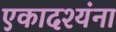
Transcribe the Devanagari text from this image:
एकादश्यंना